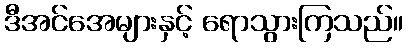
ဒီအင်အေများနှင့် ရောသွားကြသည်။